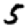
Digit: 5